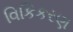
વિકિકરણ